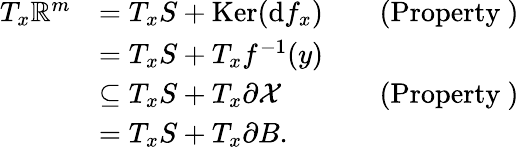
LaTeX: \begin{array}{rlrl}{T_{x}\mathbb{R}^{m}}&{=T_{x}S+\textrm{Ker}(\textrm{d}f_{x})}&&{\mathrm{(Property~)}}\\ &{=T_{x}S+T_{x}f^{-1}(y)}\\ &{\subseteq T_{x}S+T_{x}\partial\mathcal{X}}&&{\mathrm{(Property~)}}\\ &{=T_{x}S+T_{x}\partial B.}\end{array}